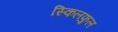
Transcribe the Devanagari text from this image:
स्किलफुल